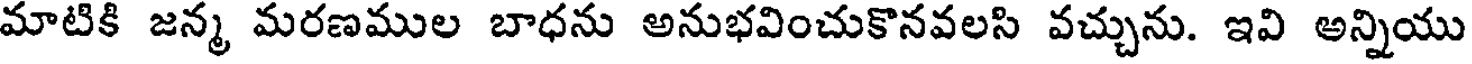
మాటికి జన్మ మరణముల బాధను అనుభవించుకొనవలసి వచ్చును. ఇవి అన్నియు